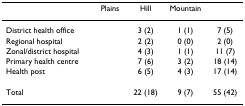
<table><thead><tr><td>[EMPTY_CELL]</td><td><b>Plains</b></td><td><b>Hill</b></td><td><b>Mountain</b></td><td>[EMPTY_CELL]</td></tr></thead><tbody><tr><td>District health office</td><td>[EMPTY_CELL]</td><td>3 (2)</td><td>1 (1)</td><td>7 (5)</td></tr><tr><td>Regional hospital</td><td>[EMPTY_CELL]</td><td>2 (2)</td><td>0 (0)</td><td>2 (0)</td></tr><tr><td>Zonal/district hospital</td><td>[EMPTY_CELL]</td><td>4 (3)</td><td>1 (1)</td><td>11 (7)</td></tr><tr><td>Primary health centre</td><td>[EMPTY_CELL]</td><td>7 (6)</td><td>3 (2)</td><td>18 (14)</td></tr><tr><td>Health post</td><td>[EMPTY_CELL]</td><td>6 (5)</td><td>4 (3)</td><td>17 (14)</td></tr><tr><td>Total</td><td>[EMPTY_CELL]</td><td>22 (18)</td><td>9 (7)</td><td>55 (42)</td></tr></tbody></table>